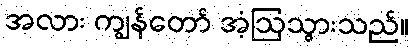
အလား ကျွန်တော် အံ့ဩသွားသည်။